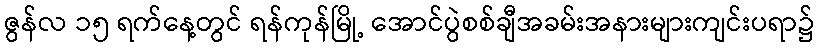
ဇွန်လ ၁၅ ရက်နေ့တွင် ရန်ကုန်မြို့ အောင်ပွဲစစ်ချီအခမ်းအနားများကျင်းပရာ၌